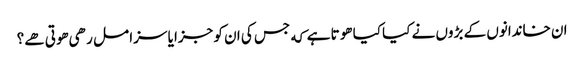
ان خاندانوں کے بڑوں نے کیا کیا هوتا ہے که جس کی ان کو جزا یا سزا مل رهی هوتی هے؟